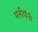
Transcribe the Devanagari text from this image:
मनीपॅनी